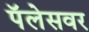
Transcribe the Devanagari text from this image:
पॅलेसवर